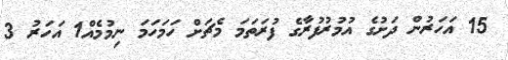
15 އަހަރުން ދަށުގެ އުމުރުފުރާގެ ފުރަތަމަ މެޗަށް ހަމަހަމަ ނިމުމެއް1 އަހަރު 3